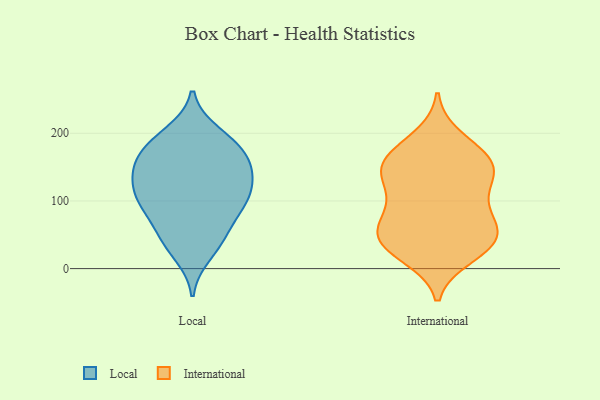
{"axis": {"x": "Inventory Turnover", "y": "Value"}, "legend": ["International", "Local"], "data": [{"x": "", "y": 44, "type": "Local"}, {"x": "", "y": 136, "type": "Local"}, {"x": "", "y": 55, "type": "Local"}, {"x": "", "y": 180, "type": "Local"}, {"x": "", "y": 139, "type": "Local"}, {"x": "", "y": 106, "type": "Local"}, {"x": "", "y": 41, "type": "Local"}, {"x": "", "y": 193, "type": "Local"}, {"x": "", "y": 155, "type": "Local"}, {"x": "", "y": 111, "type": "Local"}, {"x": "", "y": 90, "type": "Local"}, {"x": "", "y": 176, "type": "Local"}, {"x": "", "y": 200, "type": "Local"}, {"x": "", "y": 173, "type": "Local"}, {"x": "", "y": 87, "type": "Local"}, {"x": "", "y": 140, "type": "Local"}, {"x": "", "y": 147, "type": "Local"}, {"x": "", "y": 96, "type": "Local"}, {"x": "", "y": 106, "type": "Local"}, {"x": "", "y": 21, "type": "Local"}, {"x": "", "y": 45, "type": "International"}, {"x": "", "y": 88, "type": "International"}, {"x": "", "y": 38, "type": "International"}, {"x": "", "y": 89, "type": "International"}, {"x": "", "y": 165, "type": "International"}, {"x": "", "y": 28, "type": "International"}, {"x": "", "y": 138, "type": "International"}, {"x": "", "y": 139, "type": "International"}, {"x": "", "y": 111, "type": "International"}, {"x": "", "y": 141, "type": "International"}, {"x": "", "y": 193, "type": "International"}, {"x": "", "y": 51, "type": "International"}, {"x": "", "y": 60, "type": "International"}, {"x": "", "y": 36, "type": "International"}, {"x": "", "y": 171, "type": "International"}, {"x": "", "y": 65, "type": "International"}, {"x": "", "y": 19, "type": "International"}, {"x": "", "y": 148, "type": "International"}, {"x": "", "y": 160, "type": "International"}]}